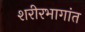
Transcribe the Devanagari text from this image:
शरीरभागांत